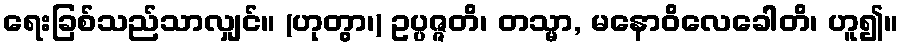
ရေးခြစ်သည်သာလျှင်။ (ဟုတွာ၊) ဥပ္ပဇ္ဇတိ၊ တသ္မာ, မနောဝိလေခေါတိ၊ ဟူ၍။